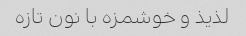
لذیذ و خوشمزه با نون تازه